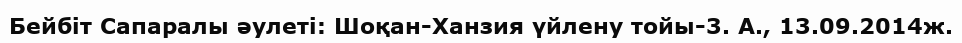
Бейбіт Сапаралы әулеті: Шоқан-Ханзия үйлену тойы-3. А., 13.09.2014ж.